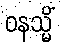
ဝနသ္မိံ